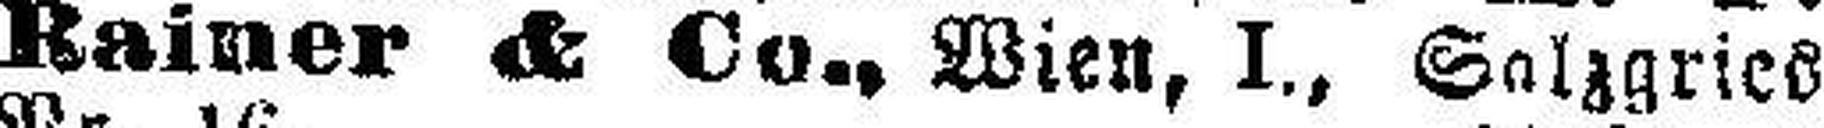
Rainer & Co., Wien, I., Salzgries